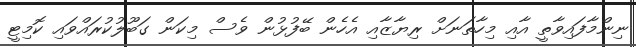
ނިންމާފައިވާތީ އާއި މިހާތަނަށް ރިޔާޒާއި އެހެން ބޭފުޅުން ވެސް މިކަން ގަބޫލުކުރައްވައި ކޮމިޓީ